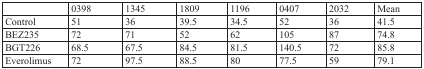
|  | 0398 | 1345 | 1809 | 1196 | 0407 | 2032 | Mean |
 | --- | --- | --- | --- | --- | --- | --- | --- |
 | Control | 51 | 36 | 39.5 | 34.5 | 52 | 36 | 41.5 |
 | BEZ235 | 72 | 71 | 52 | 62 | 105 | 87 | 74.8 |
 | BGT226 | 68.5 | 67.5 | 84.5 | 81.5 | 140.5 | 72 | 85.8 |
 | Everolimus | 72 | 97.5 | 88.5 | 80 | 77.5 | 59 | 79.1 |